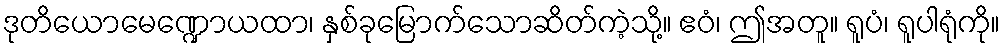
ဒုတိယောမေဏ္ဍောယထာ၊ နှစ်ခုမြောက်သောဆိတ်ကဲ့သို့။ ဧဝံ၊ ဤအတူ။ ရူပံ၊ ရူပါရုံကို။